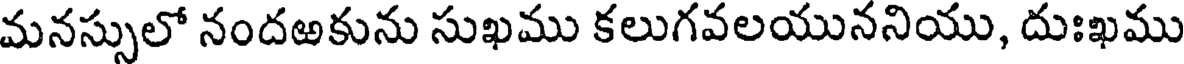
మనస్సులో నందఱకును సుఖము కలుగవలయుననియు, దుఃఖము